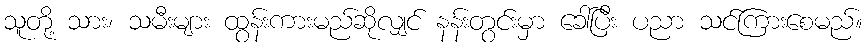
သူတို့ သား၊ သမီးများ ထွန်းကားမည်ဆိုလျှင် နန်းတွင်းမှာ ခေါ်ပြီး ပညာ သင်ကြားစေမည်။